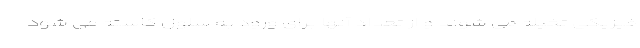
فیزیکی تخیله می شوند و از تعداد آنها برای ورود به سلول کاسته می شود